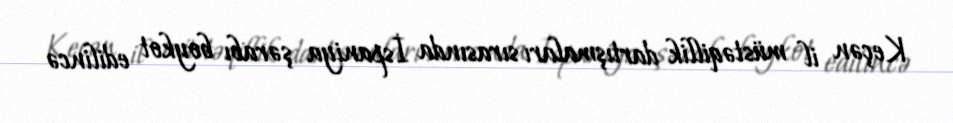
Keçən il müstəqillik dartışmaları sırasında İspaniya şərabı boykot edilincə